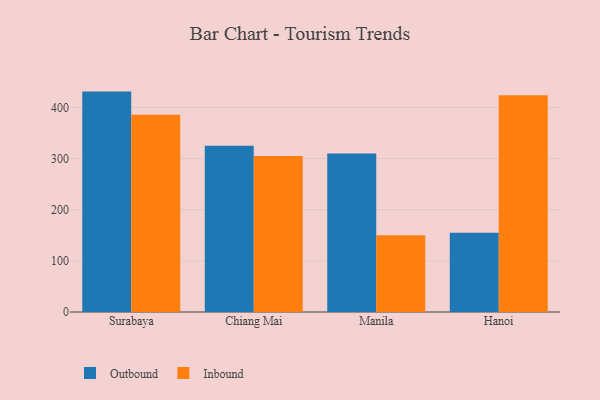
{"axis": {"x": "City", "y": "Production Output"}, "legend": ["Inbound", "Outbound"], "data": [{"x": "Surabaya", "y": 431.0, "type": "Outbound"}, {"x": "Surabaya", "y": 385.5, "type": "Inbound"}, {"x": "Chiang Mai", "y": 324.9, "type": "Outbound"}, {"x": "Chiang Mai", "y": 305.1, "type": "Inbound"}, {"x": "Manila", "y": 309.9, "type": "Outbound"}, {"x": "Manila", "y": 149.9, "type": "Inbound"}, {"x": "Hanoi", "y": 155.0, "type": "Outbound"}, {"x": "Hanoi", "y": 424.0, "type": "Inbound"}]}